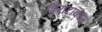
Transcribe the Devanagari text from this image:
विराटाकार